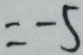
= - 5